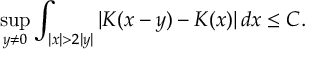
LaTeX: \operatorname* { s u p } _ { y \neq 0 } \int _ { | x | > 2 | y | } | K ( x - y ) - K ( x ) | \, d x \leq C .